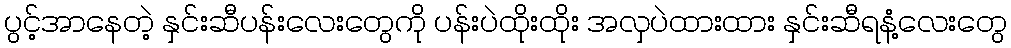
ပွင့်အာနေတဲ့ နှင်းဆီပန်းလေးတွေကို ပန်းပဲထိုးထိုး အလှပဲထားထား နှင်းဆီရနံ့လေးတွေ